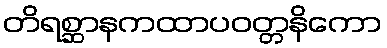
တိရစ္ဆာနကထာပဝတ္တနိကော